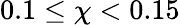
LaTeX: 0.1\leq\chi<0.15